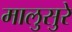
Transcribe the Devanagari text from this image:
मालुसुरे